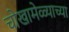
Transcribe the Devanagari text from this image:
चोखामेळ्याच्या